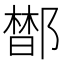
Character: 𰻼